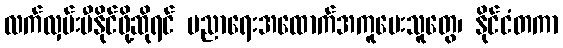
လက်လှမ်းမီနိုင်ဖို့ဆိုရင် ပညာရေးအထောက်အကူပေးသူတွေ၊ နိုင်ငံတကာ